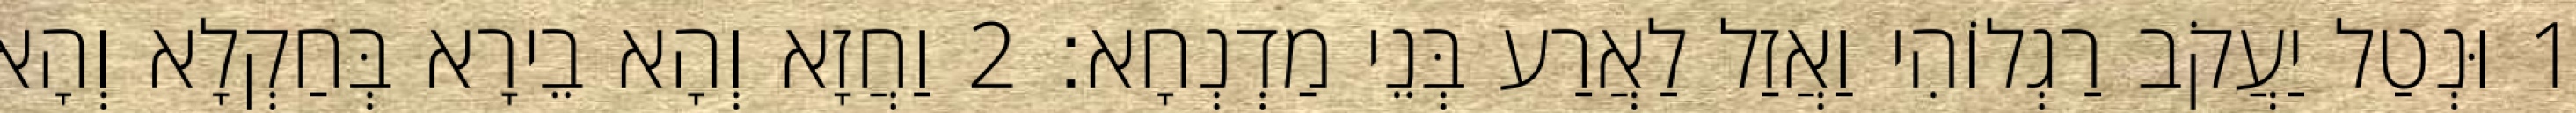
1 וּנְטַל יַעֲקֹב רַגְלוֹהִי וַאֲזַל לַאֲרַע בְּנֵי מַדְנְחָא׃ 2 וַחֲזָא וְהָא בֵירָא בְּחַקְלָא וְהָא